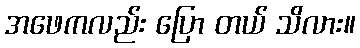
အဖေကလည်း ပြော တယ် သိလား။